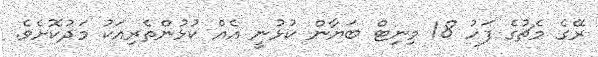
ރޭގެ މެޗުގެ ފަހު 18 މިނިޓް ބަޔާން ކުޅުނީ އެއް ކުޅުންތެރިއަކު މަދުކޮށެވެ.